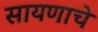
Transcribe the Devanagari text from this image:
सायणाचे